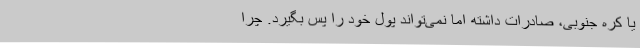
یا کره جنوبی، صادرات داشته اما نمی‌تواند پول خود را پس بگیرد. چرا